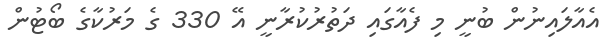
އެއާލައިނުން ބުނީ މި ފެއާގައި ދަތުރުކުރާނީ އޭ 330 ގެ މަރުކާގެ ބޯޓުން